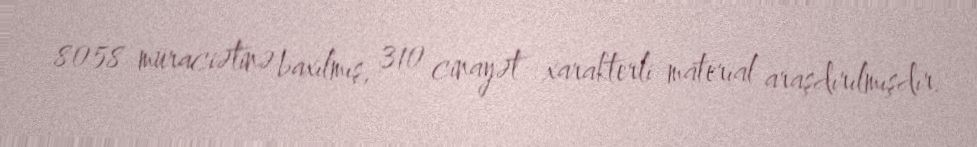
8058 müraciətinə baxılmış, 310 cinayət xarakterli material araşdırılmışdır.